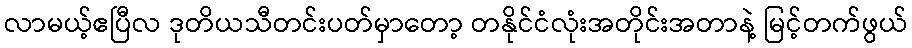
လာမယ့်ဧပြီလ ဒုတိယသီတင်းပတ်မှာတော့ တနိုင်ငံလုံးအတိုင်းအတာနဲ့ မြင့်တက်ဖွယ်